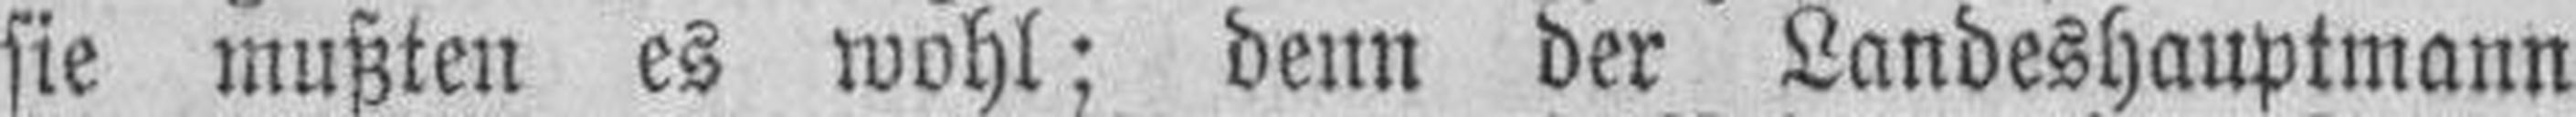
sie mußten es wohl; denn der Landeshauptmann